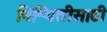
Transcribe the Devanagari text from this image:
निश्चितीसाठी